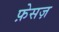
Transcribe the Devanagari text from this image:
फ़ेसज़